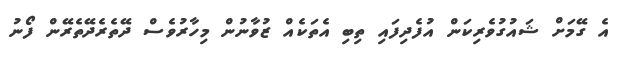
އެ ގޭމަށް ޝައުގުވެރިކަން އުފެދިފައި ތިބި އެތަކެއް ޒުވާނުން މިހާރުވެސް ދޭތެރެދޭތެރޭން ފޯނު